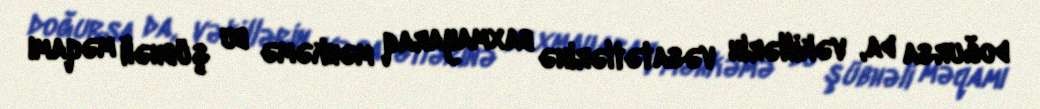
doğursa da, vəkillərin vəsatətlərinə baxmayaraq məhkəmə bu şübhəli məqamı